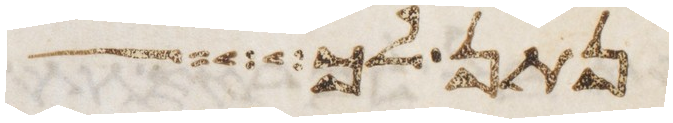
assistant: נתן לך איש